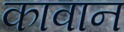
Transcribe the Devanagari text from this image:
कावान